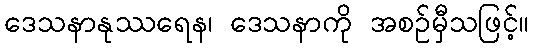
ဒေသနာနုဿရေန၊ ဒေသနာကို အစဉ်မှီသဖြင့်။